Scottish Leaving Certificate Examination, 1960
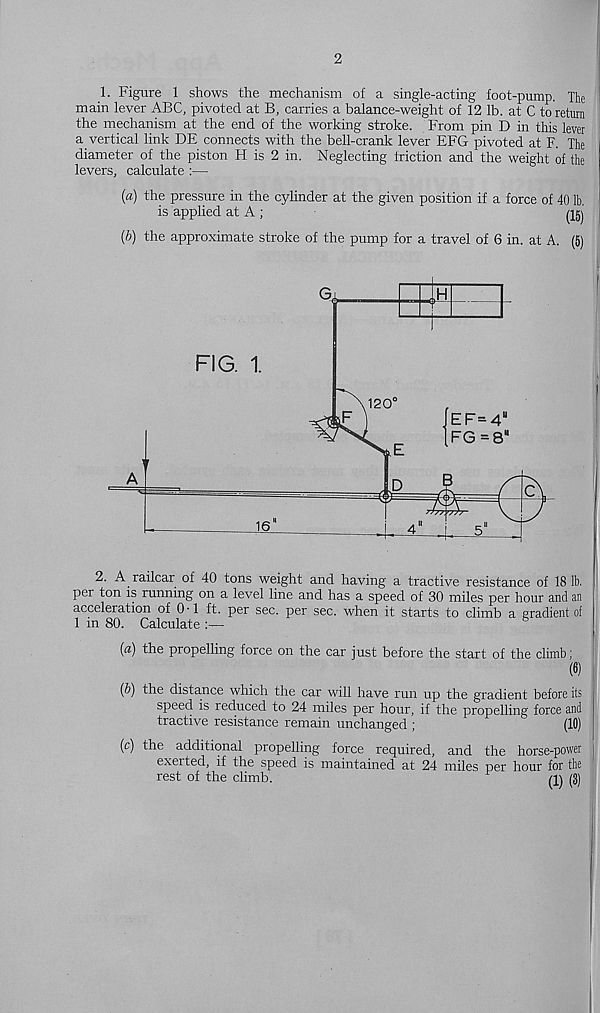
2
1. Figure 1 shows the mechanism of a single-acting foot-pump. The
main lever ABC, pivoted at B, carries a balance-weight of 12 lb. at C to return
the mechanism at the end of the working stroke. From pin D in this lever
a vertical link DE connects with the bell-crank lever EFG pivoted at F. The
diameter of the piston H is 2 in. Neglecting friction and the weight of the
levers, calculate :—
{a) the pressure in the cylinder at the given position if a force of 40 lb.
is applied at A ;
(Igj
(b) the approximate stroke of the pump for a travel of 6 in. at A. (5)
2. A railcar of 40 tons weight and having a tractive resistance of 18 lb.
per ton is running on a level line and has a speed of 30 miles per hour and an
acceleration of 0-1 ft. per sec. per sec. when it starts to climb a gradient of
1 in 80. Calculate
6
{a) the propelling force on the car just before the start of the climb;
(6)
(5) the distance which the car will have run up the gradient before its
speed is reduced to 24 miles per hour, if the propelling force and
tractive resistance remain unchanged ;
(10)
(c) the additional propelling force required, and the horse-power
exerted, if the speed is maintained at 24 miles per hour for the
rest of the climb.
m (3)